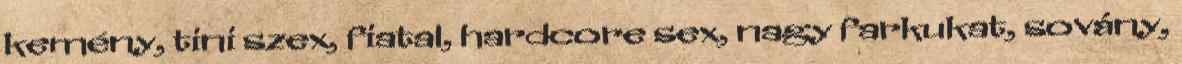
kemény, tini szex, fiatal, hardcore sex, nagy farkukat, sovány,